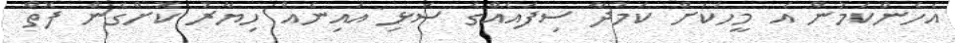
އެހެންކަމުން އެ މީހަކަށް ކަމުދާ ސިފައެއްގެ ސަޅި އައިނެއް ހިޔާރު ކޮށްގެން ފޮތް